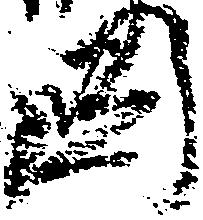
国